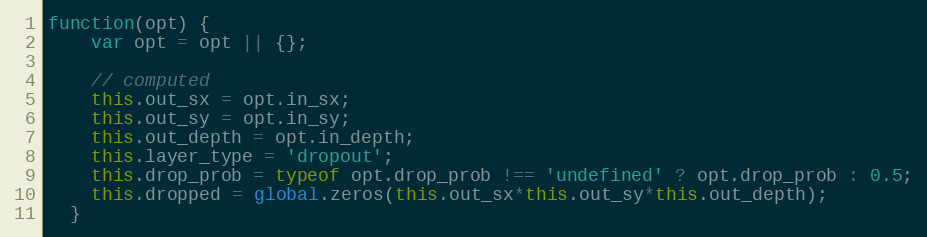
Language: JavaScript
function(opt) {
    var opt = opt || {};

    // computed
    this.out_sx = opt.in_sx;
    this.out_sy = opt.in_sy;
    this.out_depth = opt.in_depth;
    this.layer_type = 'dropout';
    this.drop_prob = typeof opt.drop_prob !== 'undefined' ? opt.drop_prob : 0.5;
    this.dropped = global.zeros(this.out_sx*this.out_sy*this.out_depth);
  }